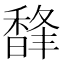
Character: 𩡇